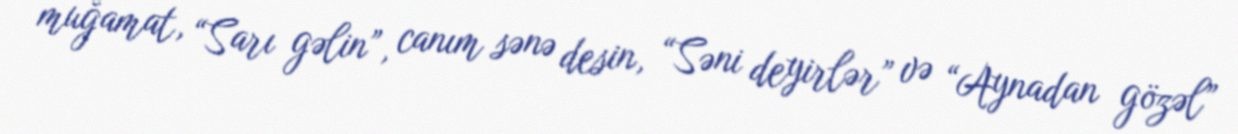
muğamat, “Sarı gəlin”, canım sənə desin, “Səni deyirlər” və “Aynadan gözəl”